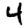
Digit: 4